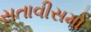
સતાવીસમો